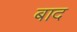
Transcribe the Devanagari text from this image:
बाद